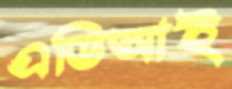
এডিআই